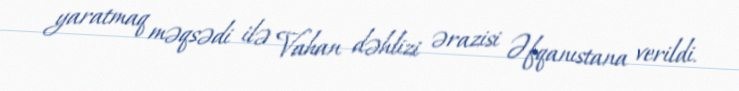
yaratmaq məqsədi ilə Vahan dəhlizi ərazisi Əfqanıstana verildi.